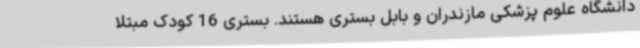
دانشگاه علوم پزشکی مازندران و بابل بستری هستند. بستری 16 کودک مبتلا